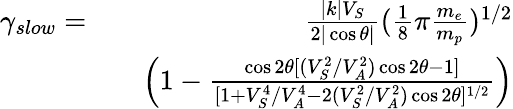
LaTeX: \begin{array}{rlr}{\gamma_{slow}=}&{}&{\frac{|k|V_{S}}{2|\cos\theta|}(\frac{1}{8}\pi\frac{m_{e}}{m_{p}})^{1/2}}\\ &{}&{\left(1-\frac{\cos 2\theta[(V_{S}^{2}/V_{A}^{2})\cos 2\theta-1]}{[1+V_{S}^{4}/V_{A}^{4}-2(V_{S}^{2}/V_{A}^{2})\cos 2\theta]^{1/2}}\right)}\end{array}